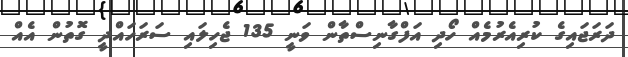
ދަރަޖައިގެ ކުރިއެރުމެއް ހޯދި އަފްގާނިސްތާން ވަނީ 135 ޖެހިލައި ސަރަހައްދީ ގޮތުން އެއް